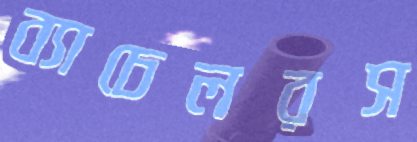
ব্যাচেলরস